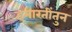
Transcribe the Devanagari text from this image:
इमारतींतुन